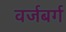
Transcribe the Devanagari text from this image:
वर्जबर्ग